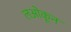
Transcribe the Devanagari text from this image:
लओकून